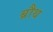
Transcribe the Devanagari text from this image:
ब्रौथ